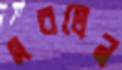
মরলেন